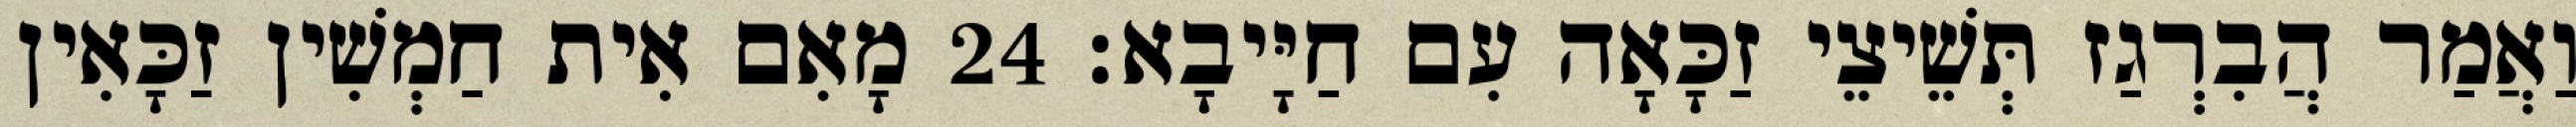
וַאֲמַר הֲבִרְגַז תְּשֵׁיצֵי זַכָּאָה עִם חַיָּיבָא׃ 24 מָאִם אִית חַמְשִׁין זַכָּאִין